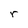
Character: r